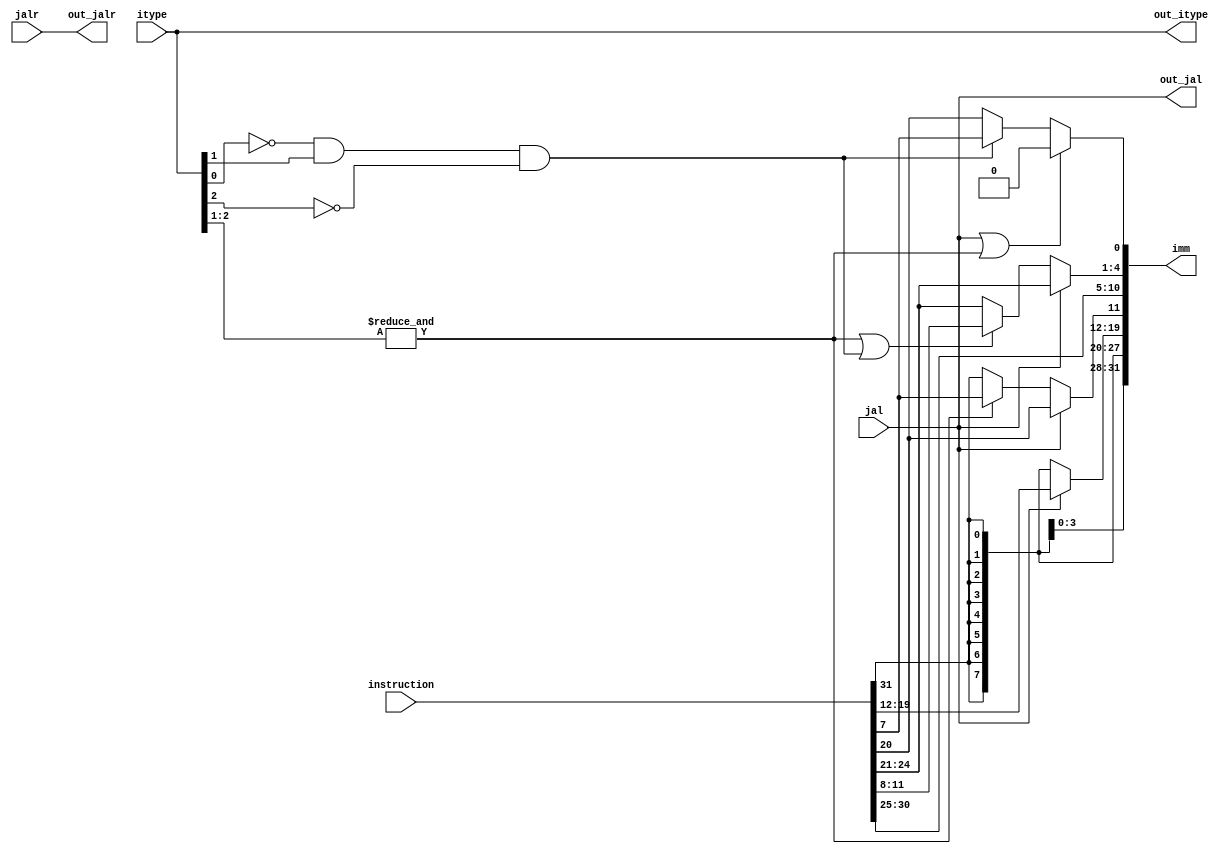
module ImmediateGenerator(itype,jal,jalr,instruction,imm,out_jal,out_jalr,out_itype); 
	input wire [31:0] instruction; 
	input wire [2:0] itype; 
	input wire jal, jalr; 
//	output reg [31:0] imm;
	output wire [31:0] imm;
	output wire out_jal, out_jalr; 
	output wire [2:0] out_itype;
	
	// forwarding for wire management 
	assign out_jal = jal; 
	assign out_jalr = jalr;
	assign out_itype = itype; 
	
	wire branch;
	wire s_type;
	//wire [31:0] imm_val;
//	
//	assign imm[31:20] = {12{instruction[31]}}; // 12 bits
//	assign imm[19:12] = ((jal) & (itype == 3'b110) ? instruction[19:12] : {8{instruction[31]}}); // 8 bits 
//	assign imm[11] = (jal ?  jal : instruction[31])
//	
	
/*	always @* begin 
		case (itype) 
			3'b000,3'b001 : begin 
				// imm = instruction[31:20] >>> 20; 
				if (instruction[31] == 1) begin 
					imm = {20'b1111_1111_1111_1111_1111,instruction[31:20]};
				end else begin 
					imm = {20'b0000_0000_0000_0000_0000,instruction[31:20]};
				end 
				
			end 
			
			3'b010 : begin 
				// imm = {(instruction[31:25] >>> 20),instruction[11:7]};
				if (instruction[31] == 1) begin 
					imm = {20'b1111_1111_1111_1111_1111,instruction[31:25],instruction[11:7]};
				end else begin 
					imm = {20'b0000_0000_0000_0000_0000,instruction[31:25],instruction[11:7]};
				end 
			end 
			
			3'b110 : begin // branch 
				if (jal) begin 
					if (instruction[31] == 1) begin 
						imm = {11'b111_1111_1111,instruction[31],instruction[19:12],instruction[20],instruction[30:21],1'b0};
					end else begin 
						imm = {11'b000_0000_0000,instruction[31],instruction[19:12],instruction[20],instruction[30:21],1'b0};
					end 
				
				end else if (jalr) begin 
					if (instruction[31] == 1) begin 
						imm = {20'b1111_1111_1111_1111_1111,instruction[31:20]};
					end else begin 
						imm = {20'b0000_0000_0000_0000_0000,instruction[31:20]};
					end 
				
				end else begin 
					if (instruction[31] == 1) begin 
						imm = {19'b111_1111_1111_1111_1111,instruction[31],instruction[7],instruction[30:25],instruction[11:8],1'b0};
					end else begin 
						imm = {19'b000_0000_0000_0000_0000,instruction[31],instruction[7],instruction[30:25],instruction[11:8],1'b0};
					end 
				end 
				
			end 
			
			default : begin
				imm = 0; 
			end
		
		
		endcase 
		
		
	end */

	assign branch = &itype[2:1];
	assign s_type = ((~itype[0])&itype[1]&(~itype[2]));
	assign imm[31:20] = {12{instruction[31]}};
	assign imm[19:12] = (jal) ? instruction[19:12] : {8{instruction[31]}};
	assign imm[11] = (jal) ? instruction[20] : (branch) ? instruction[7] : instruction[31];
	assign imm[10:5] = instruction[30:25];
	assign imm[4:1] = (jal) ? instruction[24:21] : (branch | s_type) ? instruction[11:8] :instruction[24:21];
	assign imm[0] = (jal | branch) ? 1'b0 :(s_type) ? instruction[7]: instruction[20];
	//assign imm = imm_val;//(jal | jalr | branch) ? imm_val >>> 2 : imm_val;

endmodule